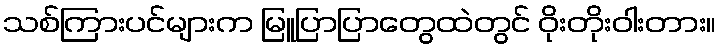
သစ်ကြားပင်များက မြူပြာပြာတွေထဲတွင် ဝိုးတိုးဝါးတား။